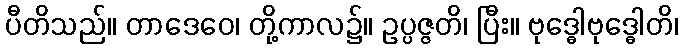
ပီတိသည်။ တာဒေဝေ၊ တို့ကာလ၌။ ဥပ္ပဇ္ဇတိ၊ ပြီး။ ဗုဒ္ဓေါဗုဒ္ဓေါတိ၊